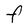
Character: F